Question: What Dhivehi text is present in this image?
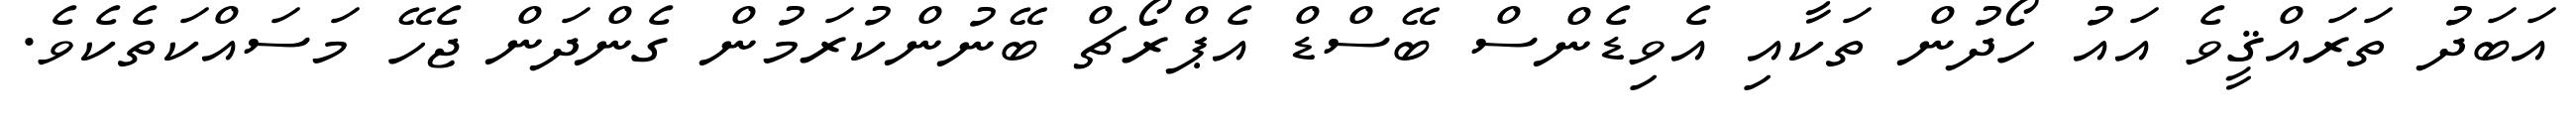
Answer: އަބަދު ތަރައްޤީވެ އައު ހޯދުން ތަކާއި އެވިޑެންސް ބޭސްޑް އެޕްރޯޗް ބޭނުންކުރަމުން ގެންދަން ޖެހޭ މަސައްކަތެކެވެ.